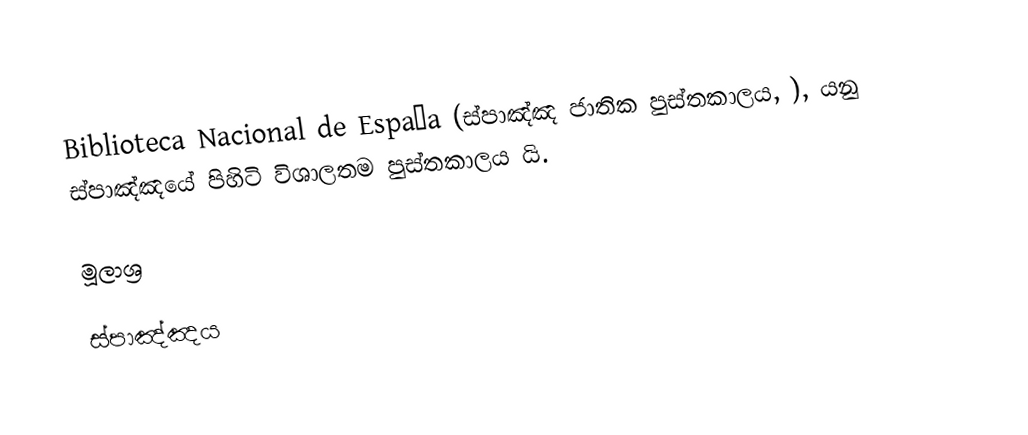
Biblioteca Nacional de España (ස්පාඤ්ඤ ජාතික පුස්තකාලය, ), යනු ස්පාඤ්ඤයේ පිහිටි විශාලතම පුස්තකාලය යි.

මූලාශ්‍ර

ස්පාඤ්ඤය